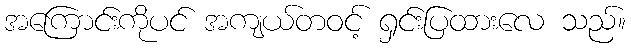
အကြောင်းကိုပင် အကျယ်တဝင့် ရှင်းပြထားလေ သည်။